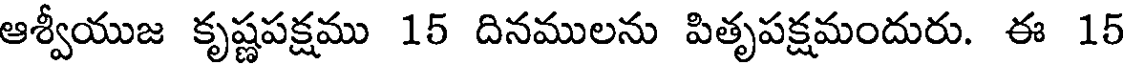
ఆశ్వీయుజ కృష్ణపక్షము 15 దినములను పితృపక్షమందురు. ఈ 15